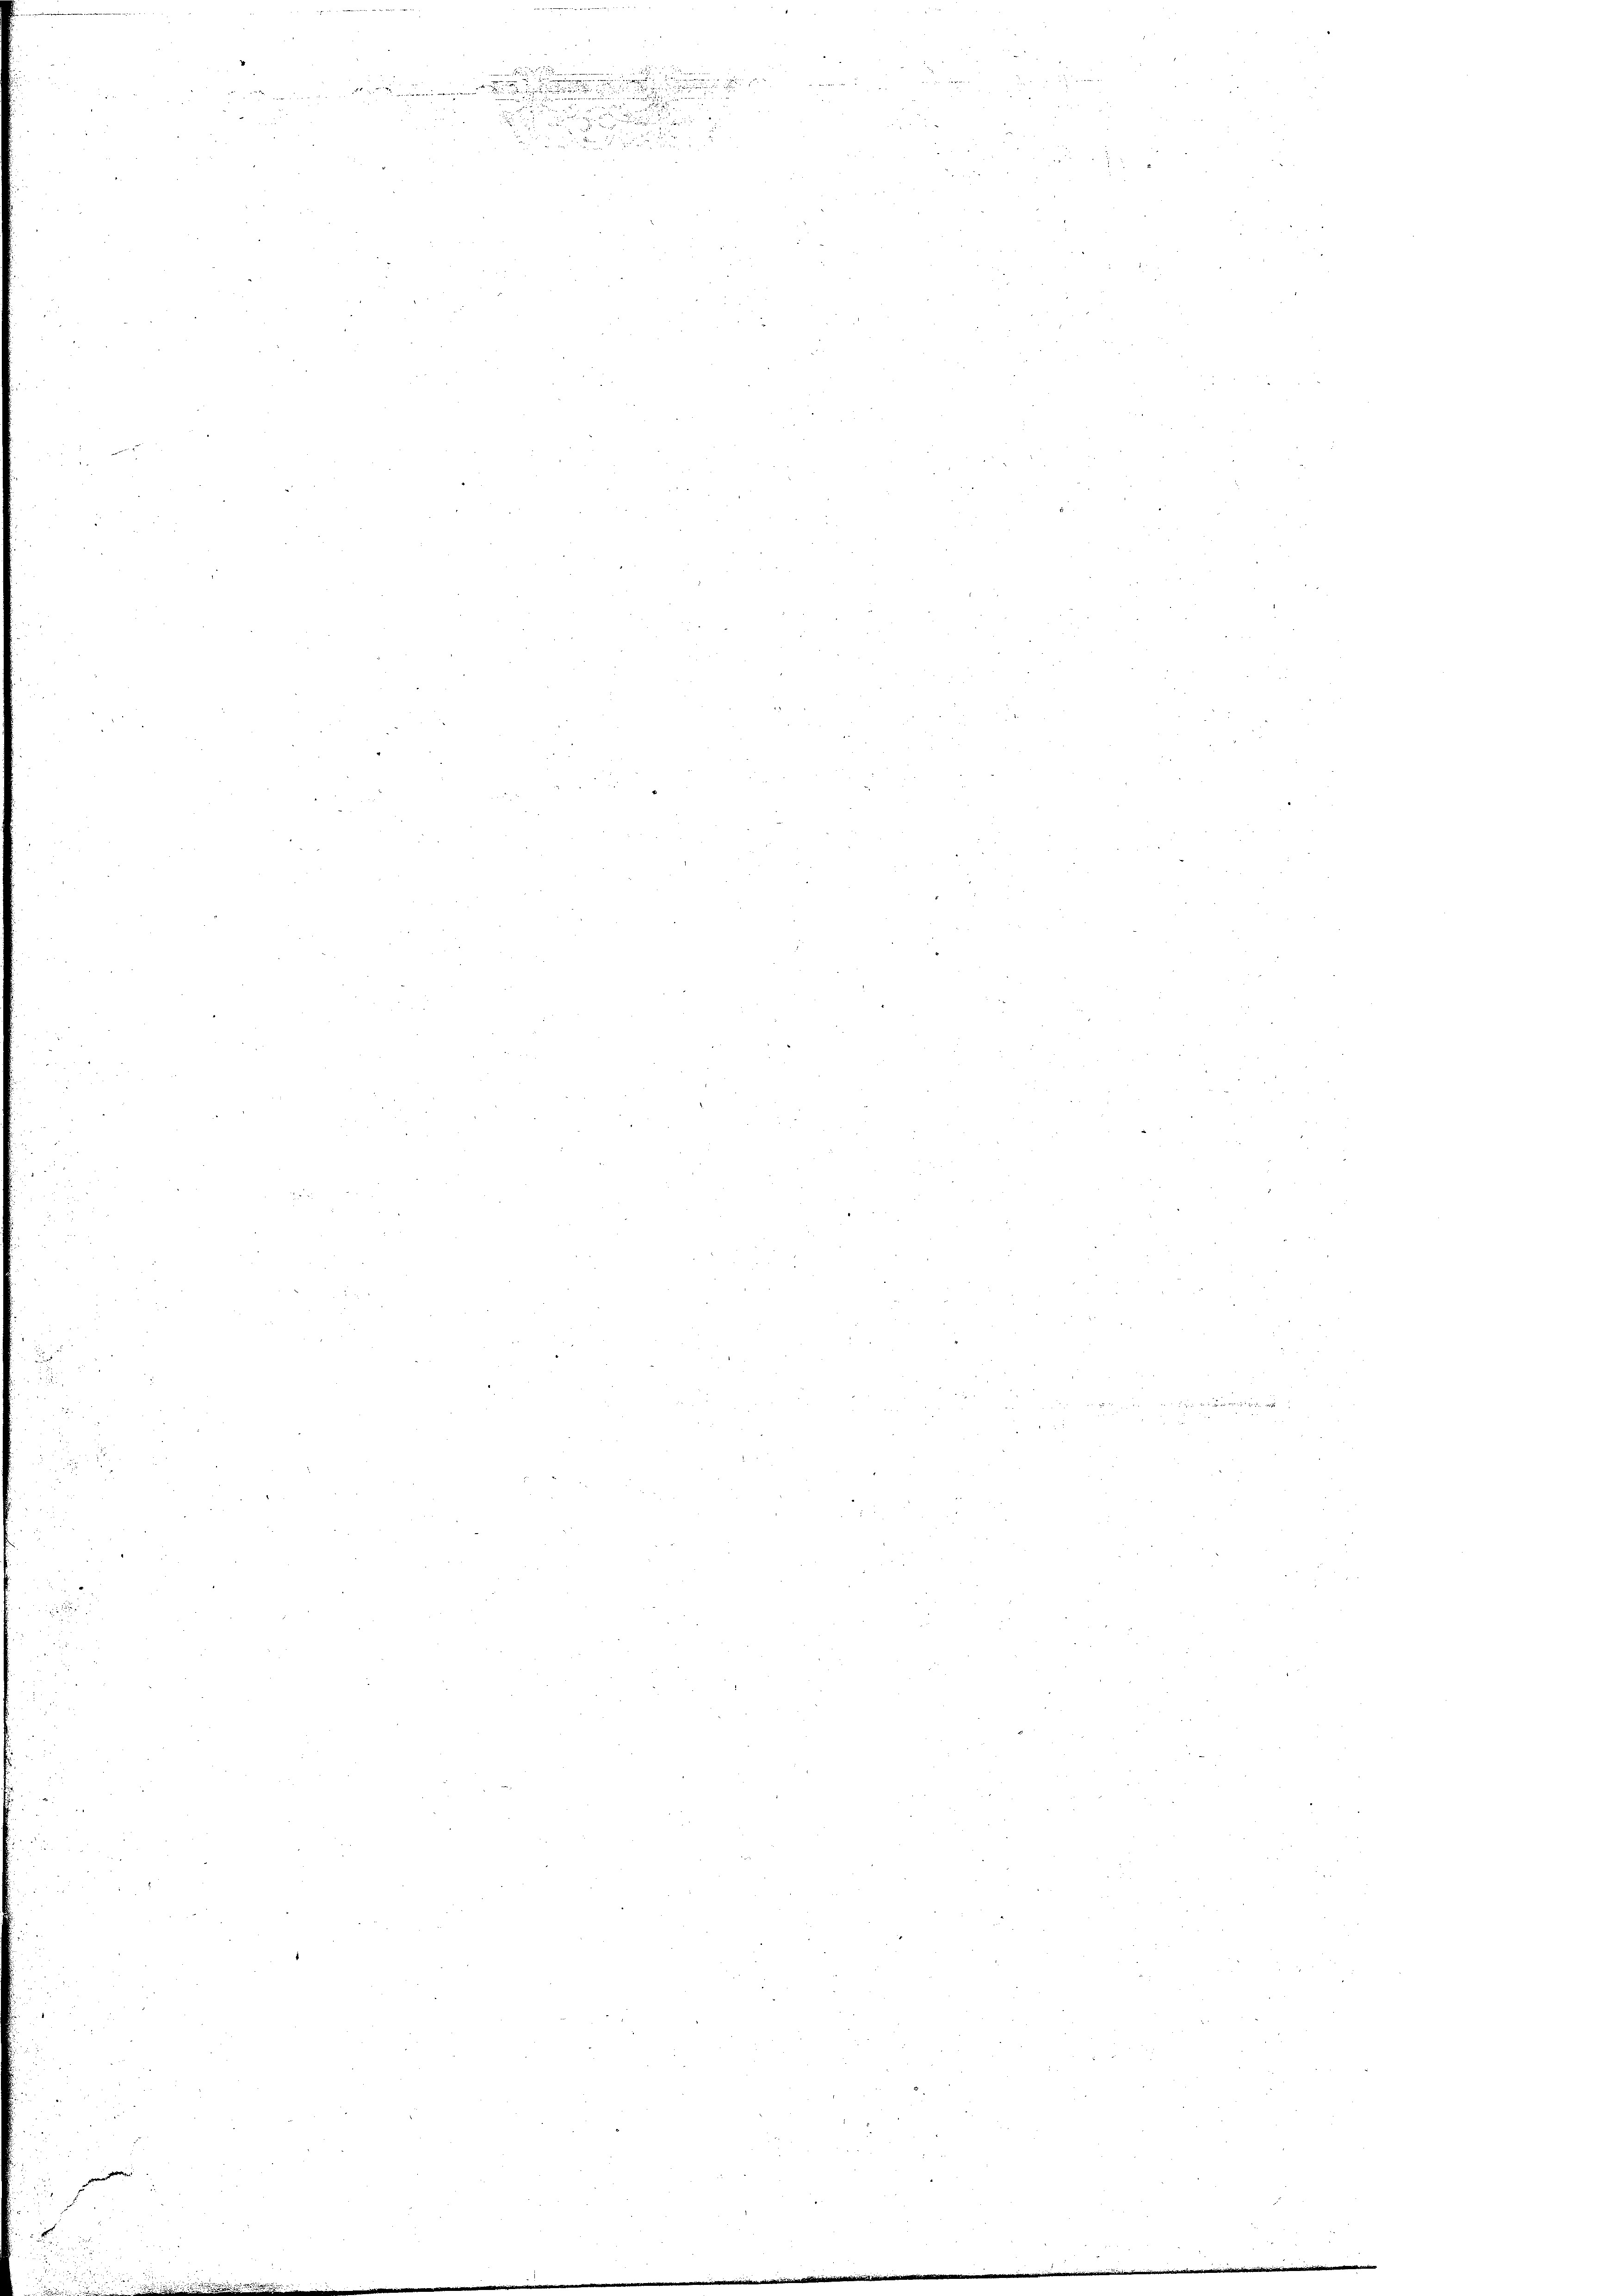
d

.
un

3